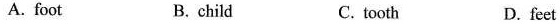
A. foot B. child C.tooth D. feet